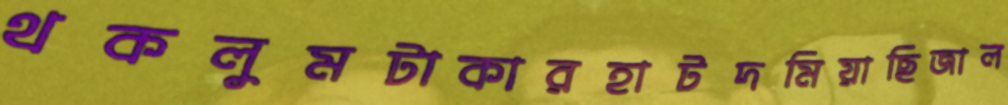
থকলুমটাকারহাটদমিয়াছিজাল